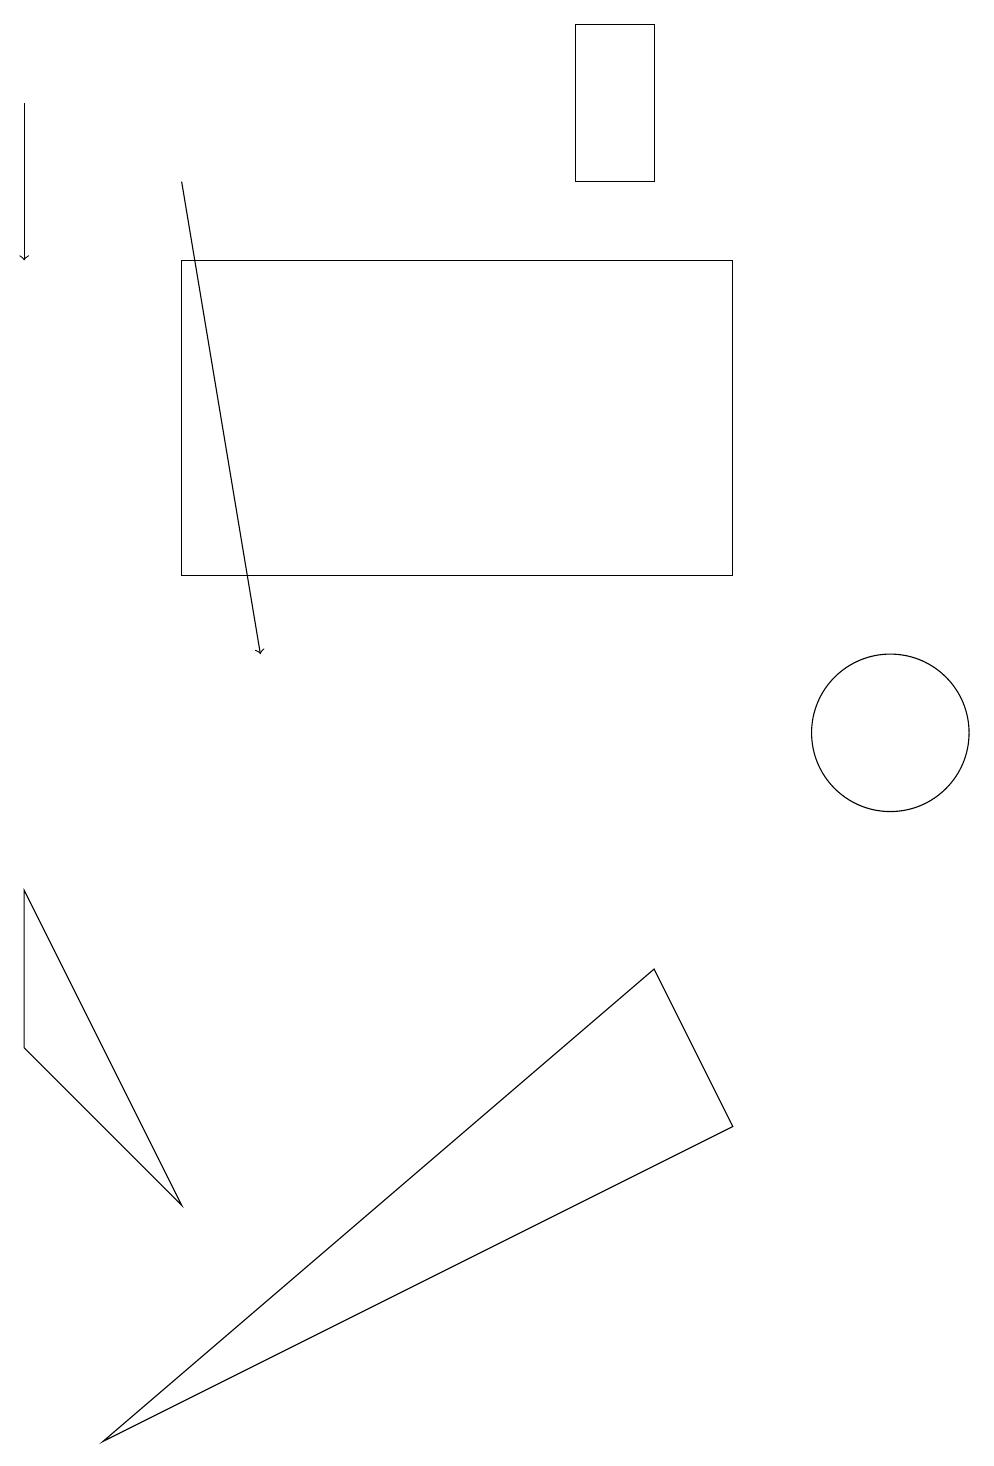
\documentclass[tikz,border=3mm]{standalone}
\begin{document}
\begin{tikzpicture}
\draw[->] (0,18) -- (0,16);
\draw (2,16) rectangle (9,12);
\draw (2,4) -- (0,6) -- (0,8) -- cycle;
\draw (8,7) -- (1,1) -- (9,5) -- cycle;
\draw (8,19) rectangle (7,17);
\draw[->] (2,17) -- (3,11);
\draw (11,10) circle (1);
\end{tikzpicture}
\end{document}